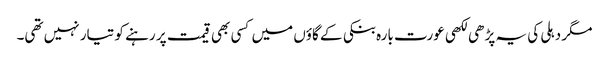
مگر دہلی کی یہ پڑھی لکھی عورت بارہ بنکی کے گاؤں میں کسی بھی قیمت پر رہنے کو تیار نہیں تھی۔